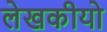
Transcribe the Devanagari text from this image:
लेखकीयो